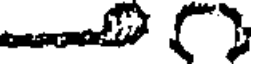
()